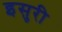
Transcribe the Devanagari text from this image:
इसुरी